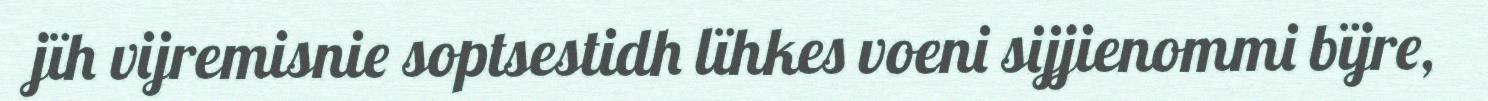
jïh vijremisnie soptsestidh lïhkes voeni sijjienommi bïjre,